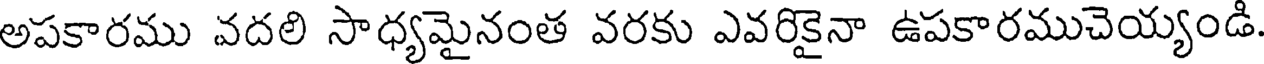
అపకారము వదలి సాధ్యమైనంత వరకు ఎవరికైనా ఉపకారముచెయ్యండి